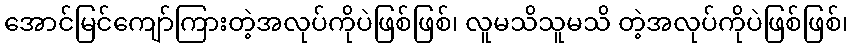
အောင်မြင်ကျော်ကြားတဲ့အလုပ်ကိုပဲဖြစ်ဖြစ်၊ လူမသိသူမသိ တဲ့အလုပ်ကိုပဲဖြစ်ဖြစ်၊